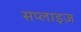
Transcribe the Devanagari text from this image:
सप्लाइज़